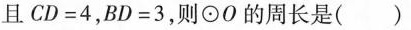
且CD=4，BD=3，则⊙O的周长是( )